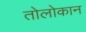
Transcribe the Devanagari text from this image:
तोलोकान